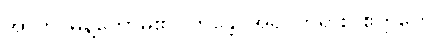
အာဟ၊ မိန့်တော်မူ၏။ ဘန္တေ၊ အရှင်ဘုရား။ ဧတ္တကေ၊